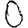
Digit: 0